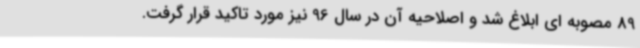
89 مصوبه ای ابلاغ شد و اصلاحیه آن در سال 96 نیز مورد تاکید قرار گرفت.